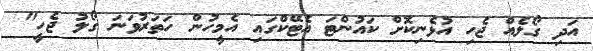
އަދި ގޯލެއް ޖެހި އުޅެނިކޮށް ކައުންޓަ އެޓޭކްގައި އެމީހުން ހަތަރުވަަނަ ގޯލު ޖެހީ"